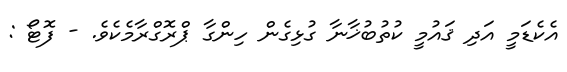
އެކެޑަމީ އަދި ޤައުމީ ކުތުބުޚާނާ ގުޅިގެން ހިންގާ ޕްރޮގްރާމެކެވެ. - ފޮޓޯ :